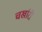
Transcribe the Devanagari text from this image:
चर्खारी